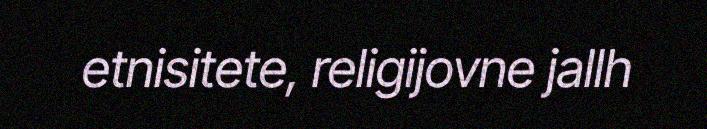
etnisitete, religijovne jallh